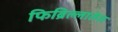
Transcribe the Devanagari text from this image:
फिब्रिल्लातेस